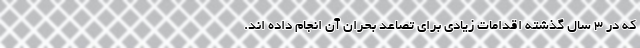
که در 3 سال گذشته اقدامات زیادی برای تصاعد بحران آن انجام داده اند.